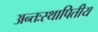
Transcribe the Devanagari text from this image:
अन्तःस्थापितीय